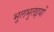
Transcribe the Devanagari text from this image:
भूलभुलइयों